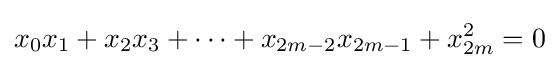
x_{0}x_{1}+x_{2}x_{3}+\cdots +x_{2m-2}x_{2m-1}+x_{2m}^{2}=0